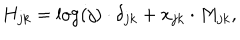
H _ { j k } = \log ( j ) \cdot \delta _ { j k } + x _ { j k } \cdot M _ { j k } ,